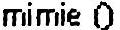
MIMIE O